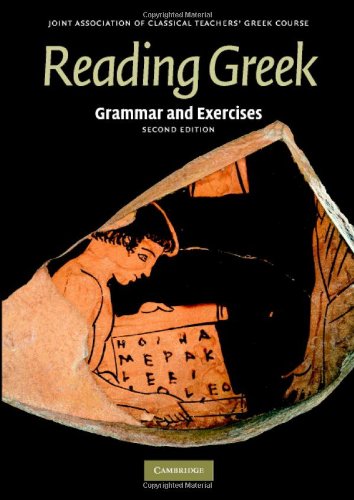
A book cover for Reading Greek: Grammar and Exercises; Joint Association of Classical Teachers; History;